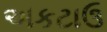
અકટાઉ